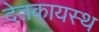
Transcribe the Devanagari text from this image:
देतकायस्थ